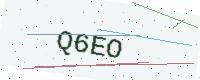
Text: Q6EO